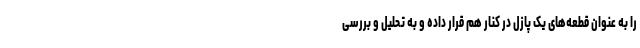
را به عنوان قطعه‌های یک پازل در کنار هم قرار داده و به تحلیل و بررسی